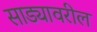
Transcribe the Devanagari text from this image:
साड्यावरील